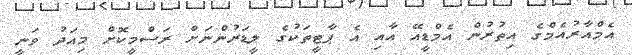
އެމްއާރުއެމްގެ އިތުރުން އެމްޑީއޭ އާއި އެ ޕާޓީތަކުގެ ލީޑަރުންނަށް ރަސްމީކޮށް މިއަދު ވަނީ